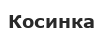
Косинка